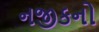
નજીકનો